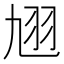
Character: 𮶈